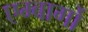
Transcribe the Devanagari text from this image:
एम्बार्गो